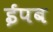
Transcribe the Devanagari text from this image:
ईपब